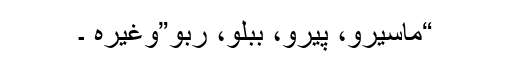
“ماسیرو، پیرو، ببلو، ربو”وغیرہ ۔